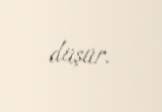
düşür.